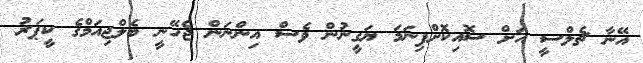
އޭނާ ޗެލްސީ އަށް ސޮއިކޮށްފިނަމަ ޔަގީނުން ވެސް އިންނަން ޖެހޭނީ ބެލްޖިއަމްގެ ކީޕަރު